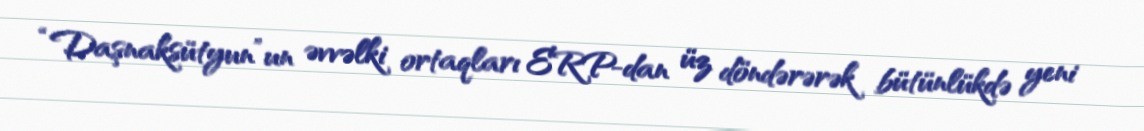
“Daşnaksütyun”un əvvəlki ortaqları ERP-dan üz döndərərək bütünlükdə yeni